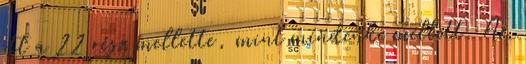
ott a 22 rész mellette, mint mindenki mellett. Az